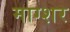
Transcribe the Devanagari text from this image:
माग्शर